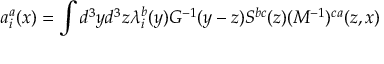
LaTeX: a _ { i } ^ { a } ( x ) = \int d ^ { 3 } y d ^ { 3 } z \lambda _ { i } ^ { b } ( y ) G ^ { - 1 } ( y - z ) S ^ { b c } ( z ) ( { \cal M } ^ { - 1 } ) ^ { c a } ( z , x )